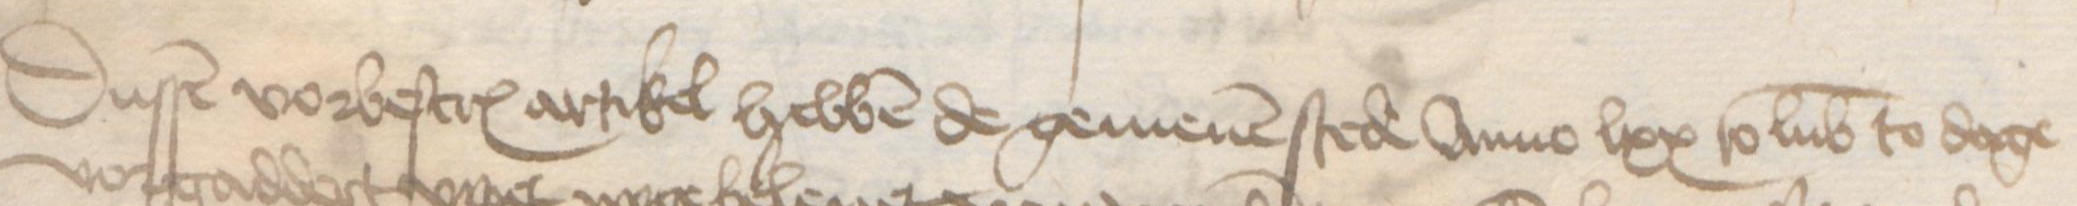
Transcription: Dussen vorbescreuen artikel hebben de gemenen stede Anno lxx to Lubeke to dage